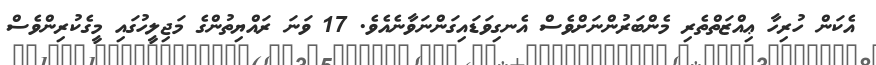
އެކަން ހުރިހާ ޢިއްޒަތްތެރި މެންބަރުންނަށްވެސް އެނގިވަޑައިގަންނަވާނެއެވެ. 17 ވަނަ ރައްޔިތުންގެ މަޖިލީހުގައި މީގެކުރިންވެސް